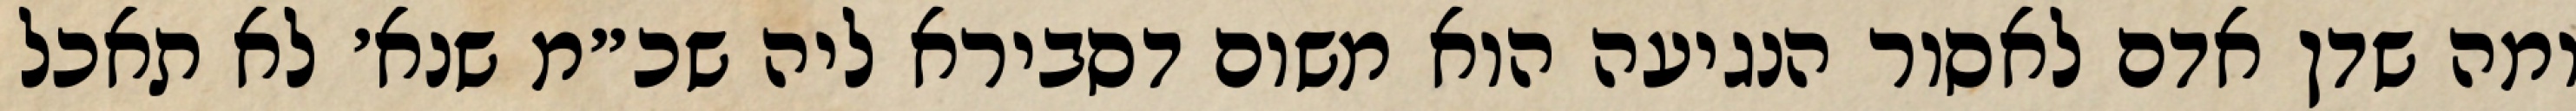
ומה שדן אדם לאסור הנגיעה הוא משום דסבירא ליה שכ״מ שנא׳ לא תאכל